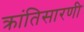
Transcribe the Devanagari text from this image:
क्रांतिसारणी